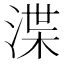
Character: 渫